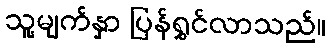
သူ့မျက်နှာ ပြန်ရွှင်လာသည်။